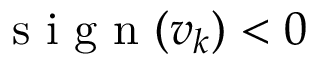
\mathrm { ~ s ~ i ~ g ~ n ~ } ( \boldsymbol { v } _ { k } ) < 0